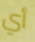
أي